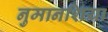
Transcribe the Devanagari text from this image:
नुमानशिया